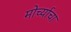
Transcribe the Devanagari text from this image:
मोर्च्याचा